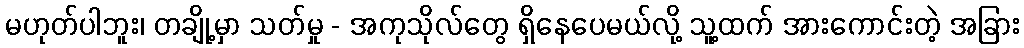
မဟုတ်ပါဘူး၊ တချို့မှာ သတ်မှု - အကုသိုလ်တွေ ရှိနေပေမယ်လို့ သူ့ထက် အားကောင်းတဲ့ အခြား